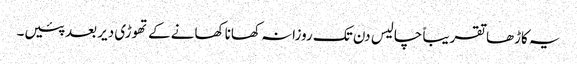
یہ کاڑھا تقریباً چالیس دن تک روزانہ کھانا کھانے کے تھوڑی دیر بعد پئیں۔